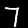
Digit: 7